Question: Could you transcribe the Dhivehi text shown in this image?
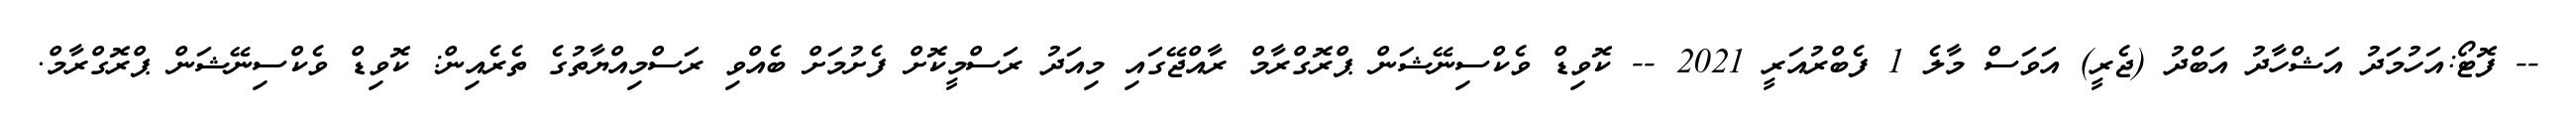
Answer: -- ފޮޓޯ:އަހުމަދު އަޝްހާދު އަބްދު (ޖެރީ) އަވަސް މާލެ 1 ފެބްރުއަރީ 2021 -- ކޮވިޑް ވެކްސިނޭޝަން ޕްރޮގްރާމް ރާއްޖޭގައި މިއަދު ރަސްމީކޮށް ފެށުމަށް ބެއްވި ރަސްމިއްޔާތުގެ ތެރެއިން: ކޮވިޑް ވެކްސިނޭޝަން ޕްރޮގްރާމް.